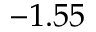
- 1 . 5 5